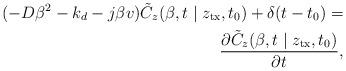
LaTeX: \begin{align*}(- D{\beta ^2} - {k_{d}} - j\beta v)\tilde C_z(\beta,t\mid z_{\rm tx},{t_0}) + \delta (t - {t_0})= \\\frac{{\partial \tilde C_z(\beta,t\mid z_{\rm tx},{t_0})}}{{\partial t}},\end{align*}